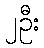
၂ဦး